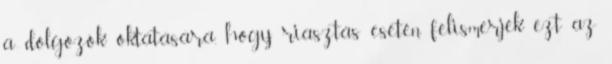
a dolgozók oktatására, hogy riasztás esetén felismerjék ezt az